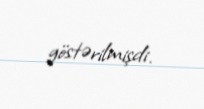
göstərilmişdi.